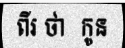
ពីរ ថា  កូន